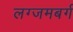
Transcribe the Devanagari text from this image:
लग्जमबर्ग